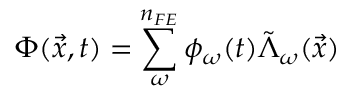
\Phi ( \Vec { x } , t ) = \sum _ { \omega } ^ { n _ { F E } } \phi _ { \omega } ( t ) \tilde { \Lambda } _ { \omega } ( \Vec { x } )